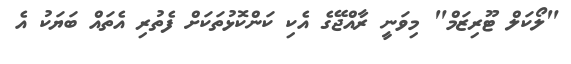
"ލޯކަލް ޓޫރިޒަމް" މިވަނީ ރާއްޖޭގެ އެކި ކަންކޮޅުތަކަށް ފެތުރި އެތައް ބަޔަކު އެ